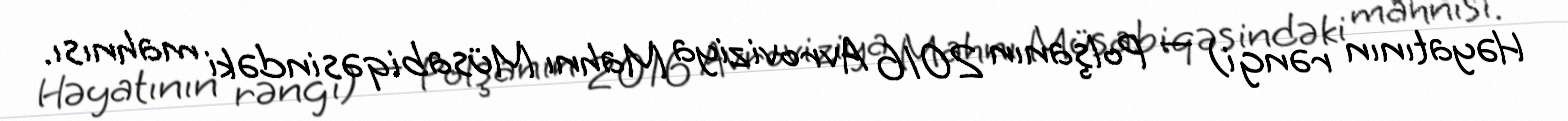
Həyatının rəngi) — Polşanın 2016 Avroviziya Mahnı Müsabiqəsindəki mahnısı.